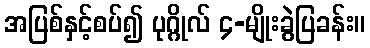
အပြစ်နှင့်စပ်၍ ပုဂ္ဂိုလ် ၄-မျိုးခွဲပြခန်း။